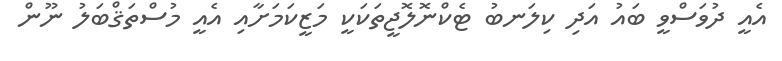
އެއީ ދުވަސްވީ ބައު އަދި ކިލަނބު ޓެކްނޮލޮޖީތަކަކީ މަޒީކަމަށާއި އެއީ މުސްތަޤްބަލު ނޫން